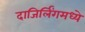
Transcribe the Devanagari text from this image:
दाजिर्लिंगमध्ये